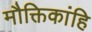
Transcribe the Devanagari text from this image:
मौक्तिकांहि